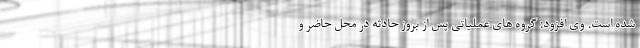
شده است. وی افزود: گروه های عملیاتی پس از بروز حادثه در محل حاضر و